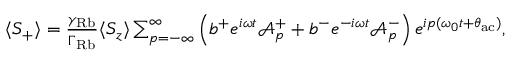
\begin{array} { r } { \langle S _ { + } \rangle = \frac { \gamma _ { \mathrm { R b } } } { \Gamma _ { \mathrm { R b } } } \langle S _ { z } \rangle \sum _ { p = - \infty } ^ { \infty } \left( b ^ { + } e ^ { i \omega t } \mathcal { A } _ { p } ^ { + } + b ^ { - } e ^ { - i \omega t } \mathcal { A } _ { p } ^ { - } \right) e ^ { i p ( \omega _ { 0 } t + \theta _ { \mathrm { a c } } ) } , } \end{array}